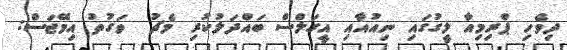
ދިވެހި ޕްރިމިއާ ލީގުގައި ނިއުއާއި އީގަލްސް ބައްދަލުކުރި މެޗު  ވަގުތު އިމޭޖަސް: